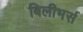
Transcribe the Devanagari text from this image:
बिलीभर्स